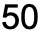
50